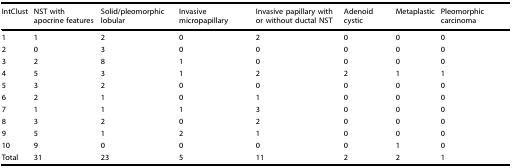
<table><thead><tr><td><b>IntClust</b></td><td><b>NST with apocrine features</b></td><td><b>Solid/pleomorphic lobular</b></td><td><b>Invasive micropapillary</b></td><td><b>Invasive papillary with or without ductal NST</b></td><td><b>Adenoid cystic</b></td><td><b>Metaplastic</b></td><td><b>Pleomorphic carcinoma</b></td></tr></thead><tbody><tr><td>1</td><td>1</td><td>2</td><td>0</td><td>2</td><td>0</td><td>0</td><td>0</td></tr><tr><td>2</td><td>0</td><td>3</td><td>0</td><td>0</td><td>0</td><td>0</td><td>0</td></tr><tr><td>3</td><td>2</td><td>8</td><td>1</td><td>0</td><td>0</td><td>0</td><td>0</td></tr><tr><td>4</td><td>5</td><td>3</td><td>1</td><td>2</td><td>2</td><td>1</td><td>1</td></tr><tr><td>5</td><td>3</td><td>2</td><td>0</td><td>0</td><td>0</td><td>0</td><td>0</td></tr><tr><td>6</td><td>2</td><td>1</td><td>0</td><td>1</td><td>0</td><td>0</td><td>0</td></tr><tr><td>7</td><td>1</td><td>1</td><td>1</td><td>3</td><td>0</td><td>0</td><td>0</td></tr><tr><td>8</td><td>3</td><td>2</td><td>0</td><td>2</td><td>0</td><td>0</td><td>0</td></tr><tr><td>9</td><td>5</td><td>1</td><td>2</td><td>1</td><td>0</td><td>0</td><td>0</td></tr><tr><td>10</td><td>9</td><td>0</td><td>0</td><td>0</td><td>0</td><td>1</td><td>0</td></tr><tr><td>Total</td><td>31</td><td>23</td><td>5</td><td>11</td><td>2</td><td>2</td><td>1</td></tr></tbody></table>